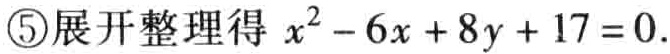
\textcircled{5}展开整理得 \(x^{2}-6x + 8y + 17 = 0\).